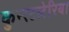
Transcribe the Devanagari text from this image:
कुन्स्टलेरिया